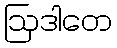
ဩဒါတေ